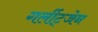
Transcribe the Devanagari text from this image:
गर्लीट्जेन